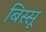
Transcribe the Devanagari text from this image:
बिस्सू